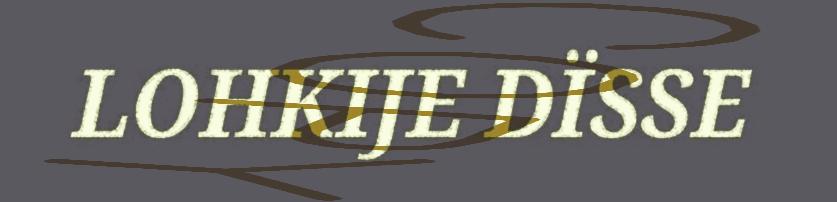
LOHKIJE DÏSSE